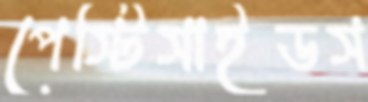
পেস্টিসাইডস